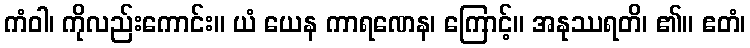
ကံဝါ၊ ကိုလည်းကောင်း။ ယံ ယေန ကာရဏေန၊ ကြောင့်။ အနုဿရတိ၊ ၏။ ဧတံ၊